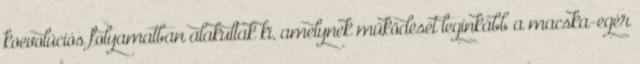
koevolúciós folyamatban alakultak ki, amelynek működését leginkább a macska-egér